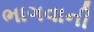
ભાગવાની